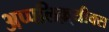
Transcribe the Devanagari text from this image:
अप्पलिक़्यीक्स